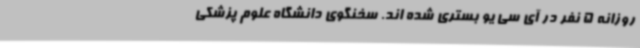
روزانه 5 نفر در آی سی یو بستری شده اند. سخنگوی دانشگاه علوم پزشکی